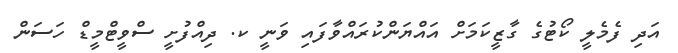
އަދި ފެމެލީ ކޯޓުގެ ގާޒީކަމަށް އައްޔަންކުރައްވާފައި ވަނީ ކ. ދިއްފުށީ ސްވީޓްމީޑް ހަސަން